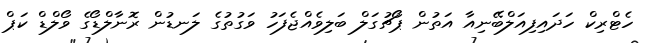
ހެޓްރިކް ހަދައިފިއަލްބޭނިއާ އަތުން ޕޯޗުގަލް ބަލިވެއްޖެފަހު ވަގުތުގެ ލަނޑުން ރޮނާލްޑޯގެ ވޯލްޑް ކަޕް